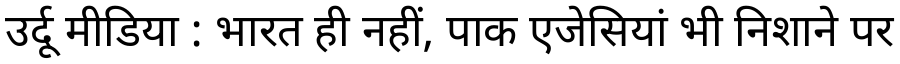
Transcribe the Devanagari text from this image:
उर्दू मीडिया : भारत ही नहीं, पाक एजेसियां भी निशाने पर